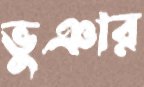
ভুঞার